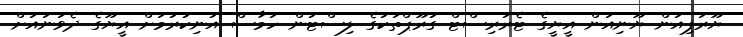
ޔޫރަޕިއަން ޔޫނިއަން އީޔީގެ ޓެރަރިސްޓް ގުރޫޕްތަކުގެ ލިސްޓުން ހަމާސް އުނިކުރުމަށް އީޔޫގެ ދެވަނައަށް